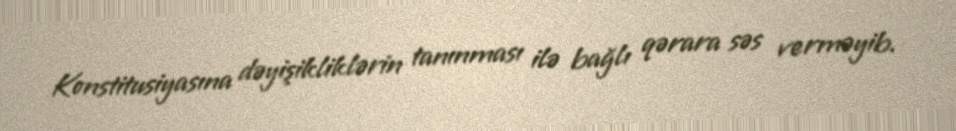
Konstitusiyasına dəyişikliklərin tanınması ilə bağlı qərara səs verməyib.